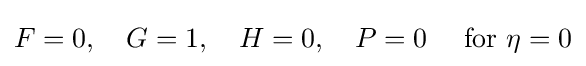
F=0,\quad G=1,\quad H=0,\quad P=0\quad {\text{ for }}\eta =0